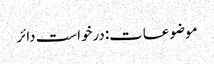
موضوعات:درخواست دائر